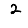
Digit: 2